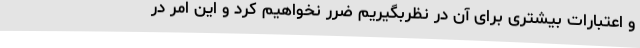
و اعتبارات بیشتری برای آن در نظربگیریم ضرر نخواهیم کرد و این امر در